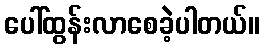
ပေါ်ထွန်းလာစေခဲ့ပါတယ်။